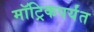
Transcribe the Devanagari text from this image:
मॉट्रिकपर्यंत